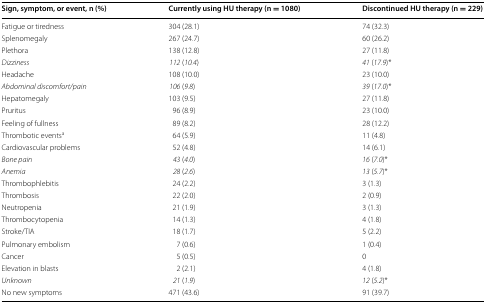
| Sign, symptom, or event, n (%) | Currently using HU therapy (n = 1080) | Discontinued HU therapy (n = 229) |
 | --- | --- | --- |
 | Fatigue or tiredness | 304 (28.1) | 74 (32.3) |
 | Splenomegaly | 267 (24.7) | 60 (26.2) |
 | Plethora | 138 (12.8) | 27 (11.8) |
 | Dizziness | 112 (10.4) | 41 (17.9)* |
 | Headache | 108 (10.0) | 23 (10.0) |
 | Abdominal discomfort/pain | 106 (9.8) | 39 (17.0)* |
 | Hepatomegaly | 103 (9.5) | 27 (11.8) |
 | Pruritus | 96 (8.9) | 23 (10.0) |
 | Feeling of fullness | 89 (8.2) | 28 (12.2) |
 | Thrombotic eventsa | 64 (5.9) | 11 (4.8) |
 | Cardiovascular problems | 52 (4.8) | 14 (6.1) |
 | Bone pain | 43 (4.0) | 16 (7.0)* |
 | Anemia | 28 (2.6) | 13 (5.7)* |
 | Thrombophlebitis | 24 (2.2) | 3 (1.3) |
 | Thrombosis | 22 (2.0) | 2 (0.9) |
 | Neutropenia | 21 (1.9) | 3 (1.3) |
 | Thrombocytopenia | 14 (1.3) | 4 (1.8) |
 | Stroke/TIA | 18 (1.7) | 5 (2.2) |
 | Pulmonary embolism | 7 (0.6) | 1 (0.4) |
 | Cancer | 5 (0.5) | 0 |
 | Elevation in blasts | 2 (2.1) | 4 (1.8) |
 | Unknown | 21 (1.9) | 12 (5.2)* |
 | No new symptoms | 471 (43.6) | 91 (39.7) |